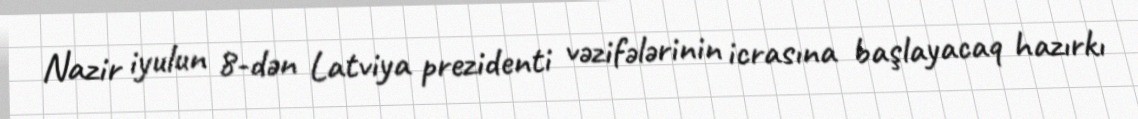
Nazir iyulun 8-dən Latviya prezidenti vəzifələrinin icrasına başlayacaq hazırkı